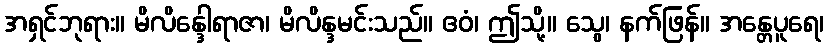
အရှင်ဘုရား။ မိလိန္ဒေါရာဇာ၊ မိလိန္ဒမင်းသည်။ ဧဝံ၊ ဤသို့။ သွေ၊ နက်ဖြန်။ အန္တေပူရေ၊